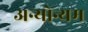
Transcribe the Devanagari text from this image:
अन्योन्यम